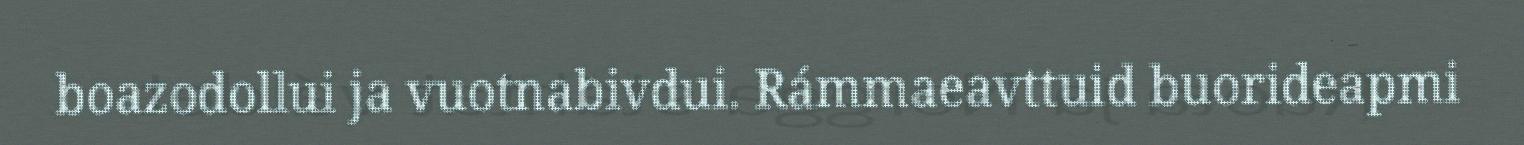
boazodollui ja vuotnabivdui. Rámmaeavttuid buorideapmi